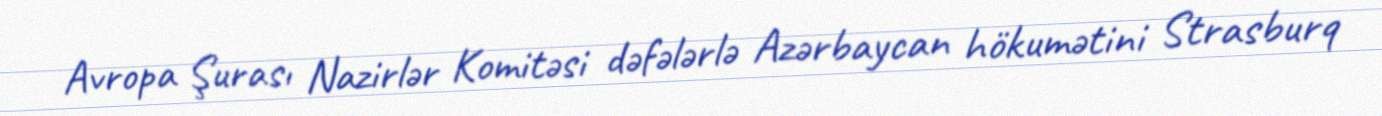
Avropa Şurası Nazirlər Komitəsi dəfələrlə Azərbaycan hökumətini Strasburq